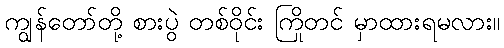
ကျွန်တော်တို့ စားပွဲ တစ်ဝိုင်း ကြိုတင် မှာထားရမလား။